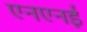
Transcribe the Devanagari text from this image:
एनएनई